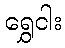
ရွှေငါး